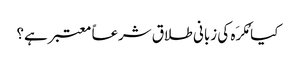
کیا مُکرَہ کی زبانی طلاق شرعاً معتبر ہے؟